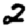
Digit: 2